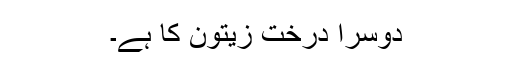
دوسرا درخت زیتون کا ہے۔